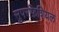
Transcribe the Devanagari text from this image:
सुपरफ़िशियल